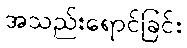
အသည်းရောင်ခြင်း